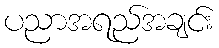
ပညာအရည်အချင်း